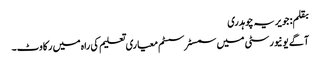
بقلم: جویریہ چوہدری
آگے یونیورسٹی میں سمسٹر سسٹم معیاری تعلیم کی راہ میں رکاوٹ۔